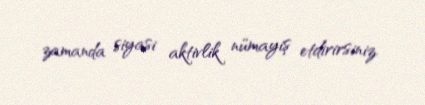
zamanda siyasi aktivlik nümayiş etdirirsiniz.